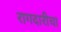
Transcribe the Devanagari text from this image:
रागदारीचा